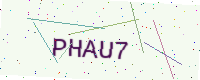
Text: PHAU7